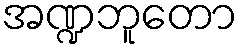
အဏ္ဍဘူတော